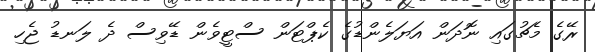
ރޭގެ މެޗުގައި ނޮދަން އަޔަލެންޑުގެ ކެޕްޓަން ސްޓީވެން ޑޭވިސް ދެ ލަނޑު ޖެހި